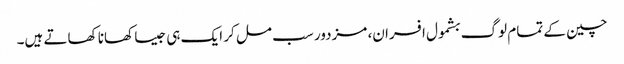
چین کے تمام لوگ بشمول افسران، مزدور سب مل کر ایک ہی جیسا کھانا کھاتے ہیں۔